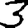
Digit: 3